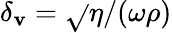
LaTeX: \delta_{\mathbf{v}}=\sqrt{}{{\eta/(\omega\rho)}}